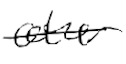
Text: other
Cross-out: single-line
Writing tool: digital_black